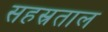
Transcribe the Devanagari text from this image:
सहस्रताल